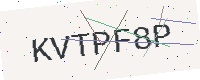
Text: KVTPF8P